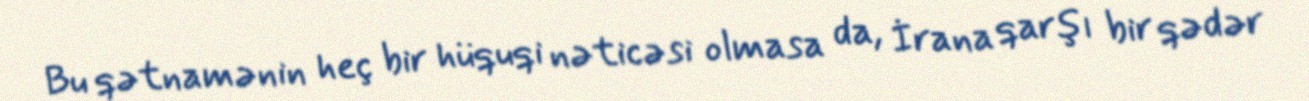
Bu qətnamənin heç bir hüquqi nəticəsi olmasa da, İrana qarşı bir qədər